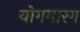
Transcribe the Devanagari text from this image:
योगमारग